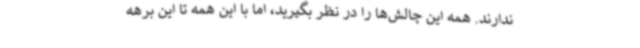
ندارند. همه این چالش‌ها را در نظر بگیرید، اما با این همه تا این برهه